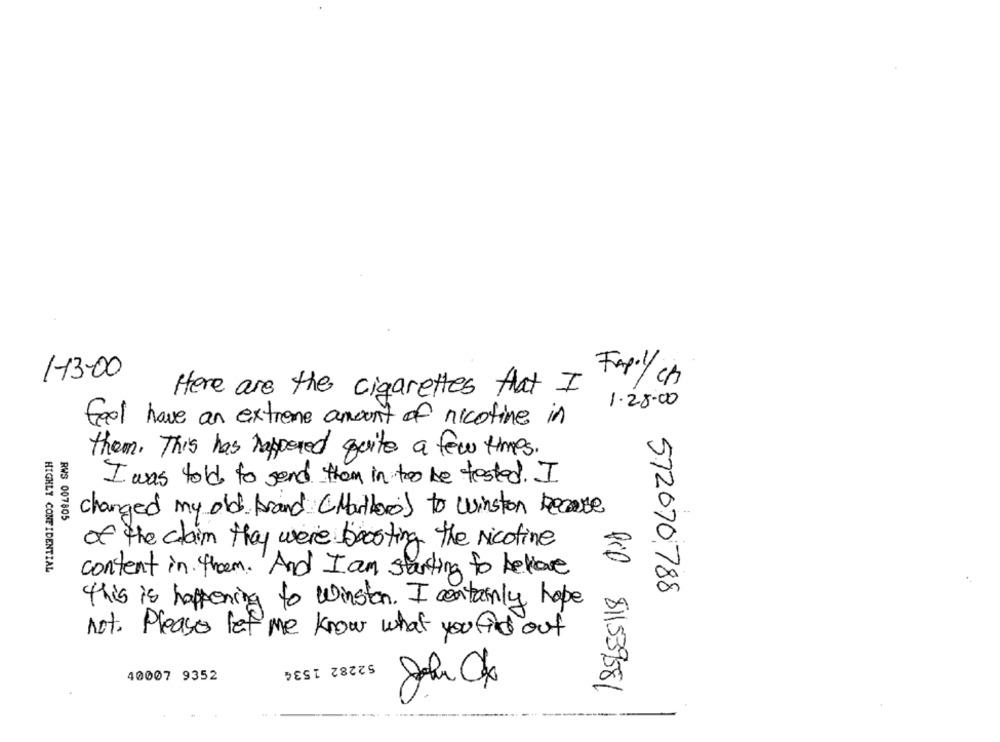
1-13-00
Fapil/ ch
Here are the cigarettes that I
1.28.00
feel have an extreme amount of nicotine in
them. This has happened quite a few times.
I was told to send them in two be tested. I
changed my old brand ( Marlboro) to winston because
RWS 007805
of the claim they were boosting the Nicotine
HIGHLY CONFIDENTIAL
content in them. And I am starting to believe
572070 788
this is happening to winston. I certainly hope
not. Please let me know what you find out
52282 1534
40007 9352
Pip 811539581